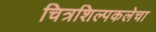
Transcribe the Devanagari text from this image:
चित्रशिल्पकलेचा